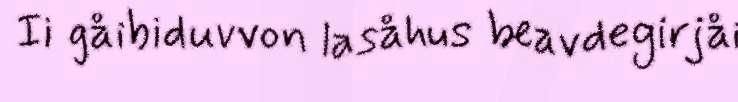
Ii gåibiduvvon lasåhus beavdegirjåi